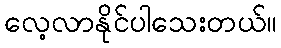
လေ့လာနိုင်ပါသေးတယ်။